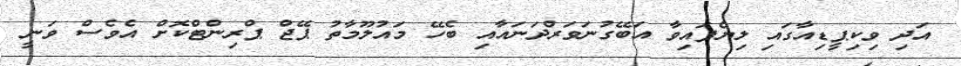
އަދި ވިކިޕީޑިއާގައި ލިޔެފައިވާ އަބޭގުނަވަރްދަނައާއި ބެހޭ މައުލޫމާތު ޕޭޖް ޕްރިންޓްކޮށް އެވެސް ވަނީ